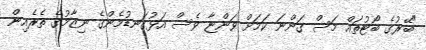
"ބޭރުގެ ބޯޓުތައް މަސް ގަންނަ ކަމަށް ވަންޏާ ވެސް އަޅުގަނޑުމެންގެ ނިޒާމުގެ ތެރެއިން